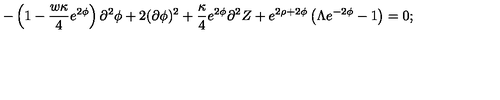
- \left( 1 - \frac { w \kappa } { 4 } e ^ { 2 \phi } \right) \partial ^ { 2 } \phi + 2 ( \partial \phi ) ^ { 2 } + \frac { \kappa } { 4 } e ^ { 2 \phi } \partial ^ { 2 } Z + e ^ { 2 \rho + 2 \phi } \left( \Lambda e ^ { - 2 \phi } - 1 \right) = 0 ;